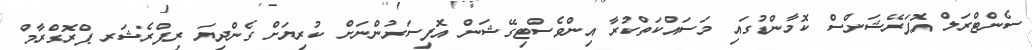
ސެންޓްރަލް އޮޕަރޭޝަންސް ކޮމާންޑުގައި މަސައްކަތްކުރާ އިންވެސްޓިގޭޝަން އޮފިސަރުންނަށް ކުރިޔަށް ގެންދިޔަ ރިފްރެޝަރ ޕްރޮގްރާމް